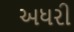
અધરી